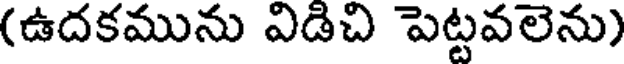
(ఉదకమును విడిచి పెట్టవలెను)